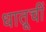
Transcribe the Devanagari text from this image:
धातूचीं